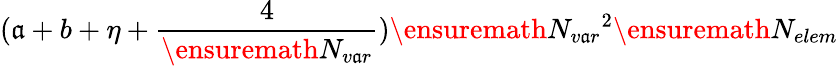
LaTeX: (\mathfrak{a}+b+\eta+\frac{{4}}{{\ensuremath{{N_{v\mathfrak{a}r}}}}})\ensuremath{{N_{v\mathfrak{a}r}}}^{2}\ensuremath{{N_{elem}}}